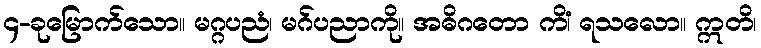
၄-ခုမြောက်သော။ မဂ္ဂပညံ၊ မဂ်ပညာကို။ အဓိဂတော ကိံ၊ ရသလော။ ဣတိ၊